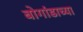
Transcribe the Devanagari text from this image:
बोगांडाच्या